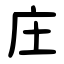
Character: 庄